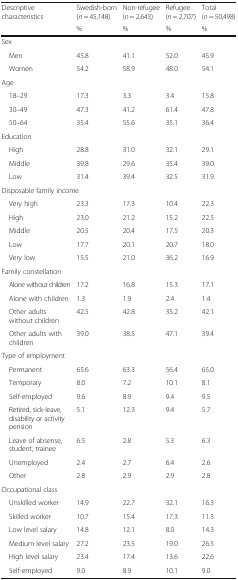
<table><thead><tr><td><b>Descriptive characteristics</b></td><td><b>Swedish-born (<i>n</i> = 45,148)</b></td><td><b>Non-refugee (<i>n</i> = 2,643)</b></td><td><b>Refugee (<i>n</i> = 2,707)</b></td><td><b>Total (<i>n</i> = 50,498)</b></td></tr><tr><td></td><td><b>%</b></td><td><b>%</b></td><td><b>%</b></td><td><b>%</b></td></tr></thead><tbody><tr><td colspan="5">Sex</td></tr><tr><td> Men</td><td>45.8</td><td>41.1</td><td>52.0</td><td>45.9</td></tr><tr><td> Women</td><td>54.2</td><td>58.9</td><td>48.0</td><td>54.1</td></tr><tr><td colspan="5">Age</td></tr><tr><td> 18–29</td><td>17.3</td><td>3.3</td><td>3.4</td><td>15.8</td></tr><tr><td> 30–49</td><td>47.3</td><td>41.2</td><td>61.4</td><td>47.8</td></tr><tr><td> 50–64</td><td>35.4</td><td>55.6</td><td>35.1</td><td>36.4</td></tr><tr><td colspan="5">Education</td></tr><tr><td> High</td><td>28.8</td><td>31.0</td><td>32.1</td><td>29.1</td></tr><tr><td> Middle</td><td>39.8</td><td>29.6</td><td>35.4</td><td>39.0</td></tr><tr><td> Low</td><td>31.4</td><td>39.4</td><td>32.5</td><td>31.9</td></tr><tr><td colspan="5">Disposable family income</td></tr><tr><td> Very high</td><td>23.3</td><td>17.3</td><td>10.4</td><td>22.3</td></tr><tr><td> High</td><td>23.0</td><td>21.2</td><td>15.2</td><td>22.5</td></tr><tr><td> Middle</td><td>20.5</td><td>20.4</td><td>17.5</td><td>20.3</td></tr><tr><td> Low</td><td>17.7</td><td>20.1</td><td>20.7</td><td>18.0</td></tr><tr><td> Very low</td><td>15.5</td><td>21.0</td><td>36.2</td><td>16.9</td></tr><tr><td colspan="5">Family constellation</td></tr><tr><td> Alone without children</td><td>17.2</td><td>16.8</td><td>15.3</td><td>17.1</td></tr><tr><td> Alone with children</td><td>1.3</td><td>1.9</td><td>2.4</td><td>1.4</td></tr><tr><td> Other adults without children</td><td>42.5</td><td>42.8</td><td>35.2</td><td>42.1</td></tr><tr><td> Other adults with children</td><td>39.0</td><td>38.5</td><td>47.1</td><td>39.4</td></tr><tr><td colspan="5">Type of employment</td></tr><tr><td> Permanent</td><td>65.6</td><td>63.3</td><td>56.4</td><td>65.0</td></tr><tr><td> Temporary</td><td>8.0</td><td>7.2</td><td>10.1</td><td>8.1</td></tr><tr><td> Self-employed</td><td>9.6</td><td>8.9</td><td>9.4</td><td>9.5</td></tr><tr><td> Retired, sick-leave, disability or activity pension</td><td>5.1</td><td>12.3</td><td>9.4</td><td>5.7</td></tr><tr><td> Leave of absense, student, trainee</td><td>6.5</td><td>2.8</td><td>5.3</td><td>6.3</td></tr><tr><td> Unemployed</td><td>2.4</td><td>2.7</td><td>6.4</td><td>2.6</td></tr><tr><td> Other</td><td>2.8</td><td>2.9</td><td>2.9</td><td>2.8</td></tr><tr><td colspan="5">Occupational class</td></tr><tr><td> Unskilled worker</td><td>14.9</td><td>22.7</td><td>32.1</td><td>16.3</td></tr><tr><td> Skilled worker</td><td>10.7</td><td>15.4</td><td>17.3</td><td>11.3</td></tr><tr><td> Low level salary</td><td>14.8</td><td>12.1</td><td>8.0</td><td>14.3</td></tr><tr><td> Medium level salary</td><td>27.2</td><td>23.5</td><td>19.0</td><td>26.5</td></tr><tr><td> High level salary</td><td>23.4</td><td>17.4</td><td>13.6</td><td>22.6</td></tr><tr><td> Self-employed</td><td>9.0</td><td>8.9</td><td>10.1</td><td>9.0</td></tr></tbody></table>